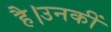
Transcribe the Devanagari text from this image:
है।उनकीं